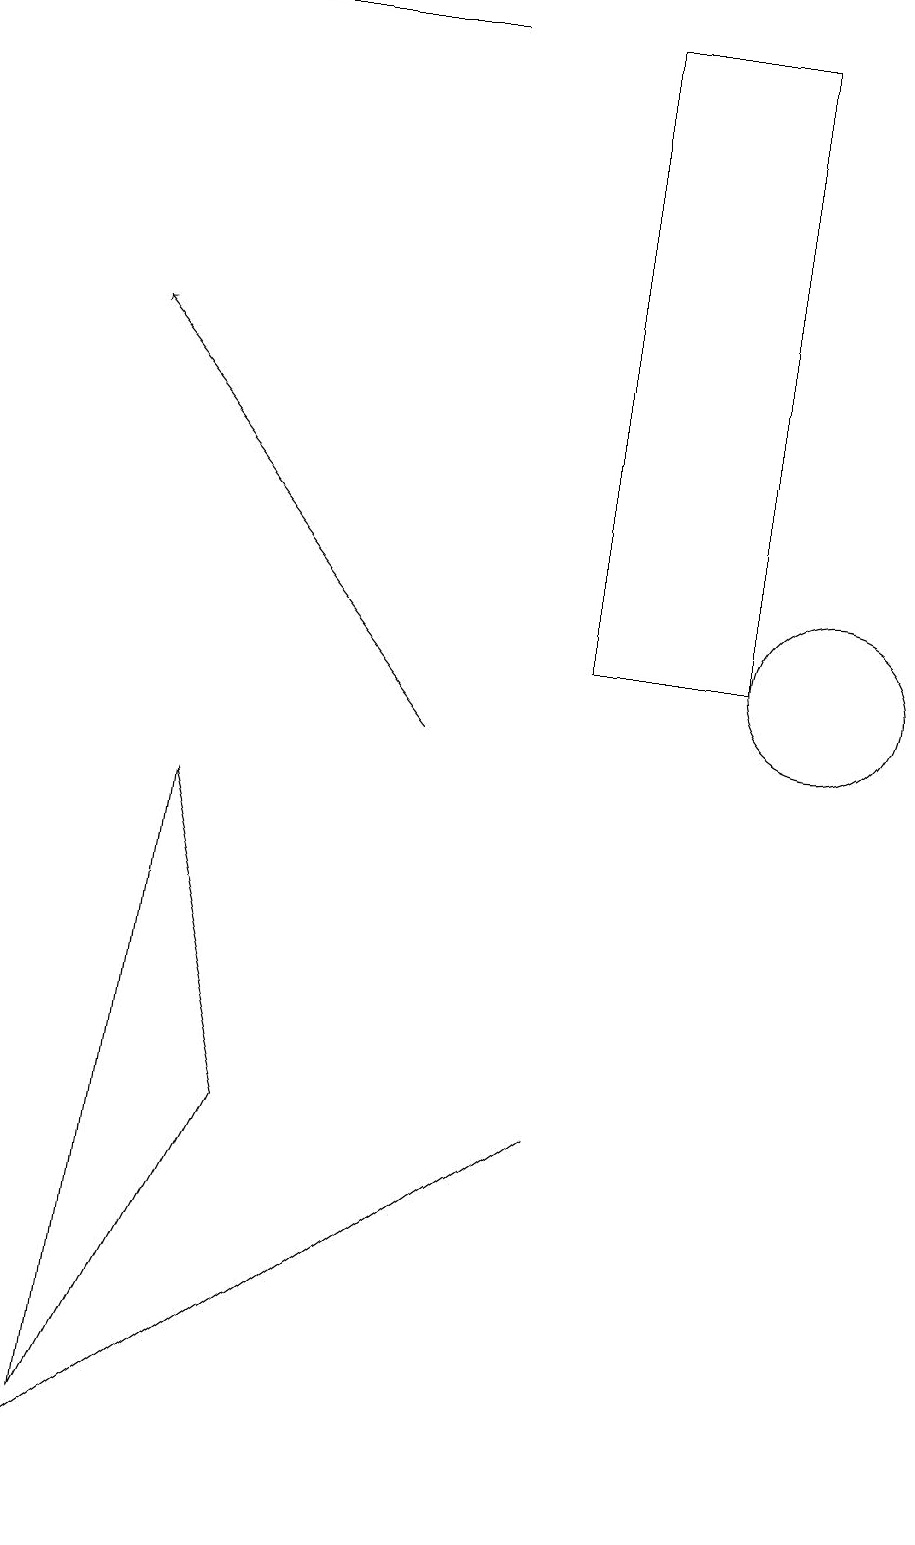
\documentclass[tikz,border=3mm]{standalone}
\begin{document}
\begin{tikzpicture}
\draw (7,5) -- (0,0) -- (0,0) -- cycle;
\draw[->] (5,19) -- (1,19);
\draw (10,11) circle (1);
\draw (7,19) rectangle (9,11);
\draw (1,1) -- (3,5) -- (2,9) -- cycle;
\draw[->] (5,10) -- (1,15);
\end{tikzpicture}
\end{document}